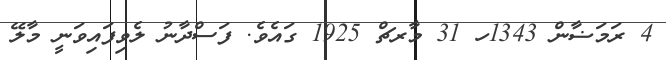
4 ރަމަޟާން 1343ހ 31 މާރޗް 1925 ގައެވެ. ފަސްދާނު ލެވިފައިވަނީ މާލޭ